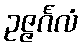
ဥဇ္ဇင်္ဂလံ